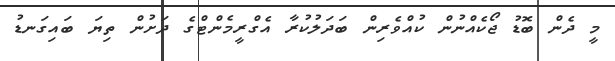
މީ ދެން ބޮޑު ޖޯކެއްނުން ކުއްވެރިން ބަދަލުކުރާ އެގްރީމެންޓްގެ ދަށުން ތިޔަ ބައިގަނޑު